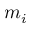
m _ { i }